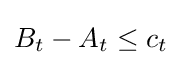
B_{t}-A_{t}\leq c_{t}